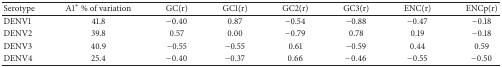
| Serotype | A1∗ % of variation | GC(r) | GC1(r) | GC2(r) | GC3(r) | ENC(r) | ENCp(r) |
 | --- | --- | --- | --- | --- | --- | --- | --- |
 | DENV1 | 41.8 | −0.40 | 0.87 | −0.54 | −0.88 | −0.47 | −0.18 |
 | DENV2 | 39.8 | 0.57 | 0.00 | −0.79 | 0.78 | 0.19 | −0.18 |
 | DENV3 | 40.9 | −0.55 | −0.55 | 0.61 | −0.59 | 0.44 | 0.59 |
 | DENV4 | 25.4 | −0.40 | −0.37 | 0.66 | −0.46 | −0.55 | −0.50 |